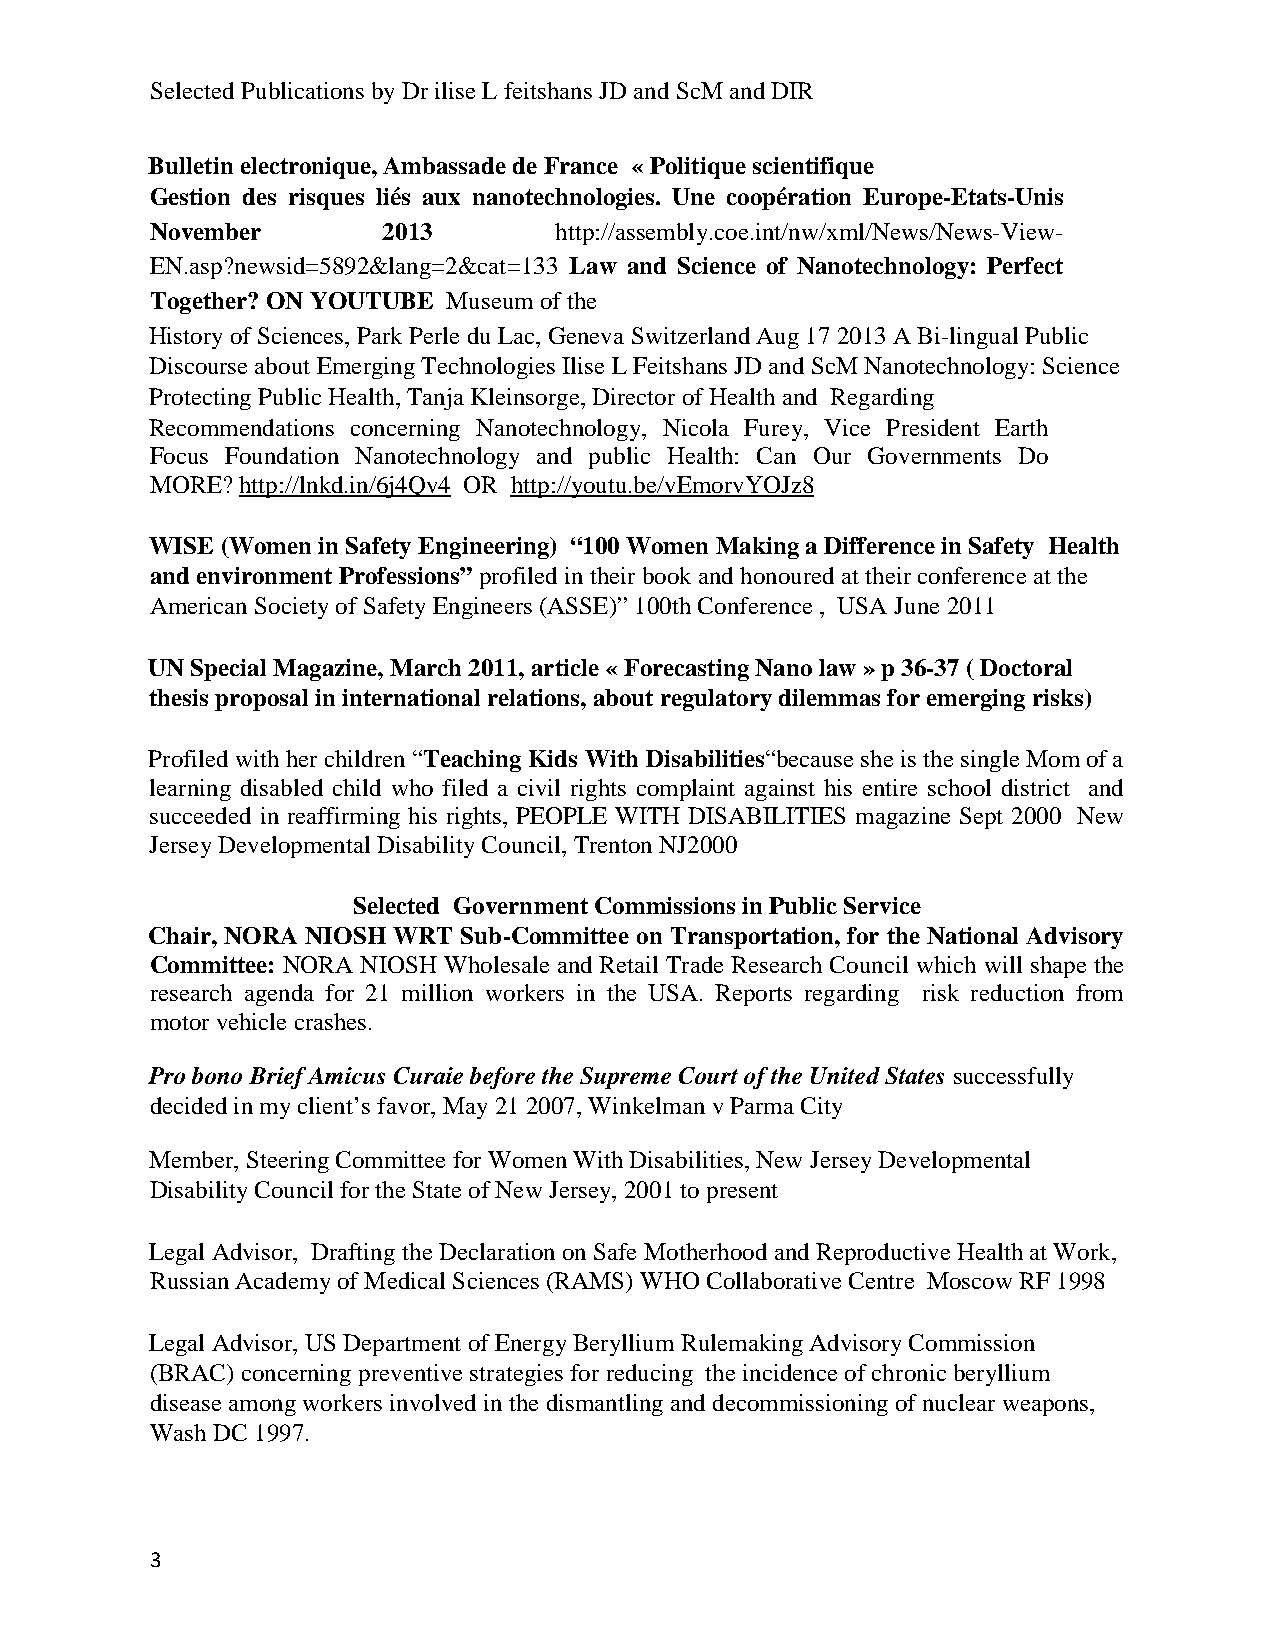
Selected Publications by Dr ilise L feitshans JD and ScM and DIR
 Bulletin electronique, Ambassade de France « Politique scientifique
 Gestion des risques liés aux nanotechnologies. Une coopération Europe-Etats-Unis
 November       2013        http://assembly.coe.int/nw/xml/News/News-View-
 EN.asp?newsid=5892&lang=2&cat=133 Law and Science of Nanotechnology: Perfect
 Together? ON YOUTUBE Museum of the
 History of Sciences, Park Perle du Lac, Geneva Switzerland Aug 17 2013 A Bi-lingual Public
 Discourse about Emerging Technologies Ilise L Feitshans JD and ScM Nanotechnology: Science
 Protecting Public Health, Tanja Kleinsorge, Director of Health and Regarding
 Recommendations concerning Nanotechnology, Nicola Furey, Vice President Earth
 Focus Foundation Nanotechnology and public Health: Can Our Governments Do
 MORE? http://lnkd.in/6j4Qv4 OR http://youtu.be/vEmorvYOJz8
 WISE (Women in Safety Engineering) “100 Women Making a Difference in Safety Health
 and environment Professions” profiled in their book and honoured at their conference at the
 American Society of Safety Engineers (ASSE)” 100th Conference , USA June 2011
 UN Special Magazine, March 2011, article « Forecasting Nano law » p 36-37 ( Doctoral
 thesis proposal in international relations, about regulatory dilemmas for emerging risks)
 Profiled with her children “Teaching Kids With Disabilities“because she is the single Mom of a
 learning disabled child who filed a civil rights complaint against his entire school district and
 succeeded in reaffirming his rights, PEOPLE WITH DISABILITIES magazine Sept 2000 New
 Jersey Developmental Disability Council, Trenton NJ2000
 Selected Government Commissions in Public Service
 Chair, NORA NIOSH WRT Sub-Committee on Transportation, for the National Advisory
 Committee: NORA NIOSH Wholesale and Retail Trade Research Council which will shape the
 research agenda for 21 million workers in the USA. Reports regarding risk reduction from
 motor vehicle crashes.
 Pro bono Brief Amicus Curaie before the Supreme Court of the United States successfully
 decided in my client’s favor, May 21 2007, Winkelman v Parma City
 Member, Steering Committee for Women With Disabilities, New Jersey Developmental
 Disability Council for the State of New Jersey, 2001 to present
 Legal Advisor, Drafting the Declaration on Safe Motherhood and Reproductive Health at Work,
 Russian Academy of Medical Sciences (RAMS) WHO Collaborative Centre Moscow RF 1998
 Legal Advisor, US Department of Energy Beryllium Rulemaking Advisory Commission
 (BRAC) concerning preventive strategies for reducing the incidence of chronic beryllium
 disease among workers involved in the dismantling and decommissioning of nuclear weapons,
 Wash DC 1997.
 3